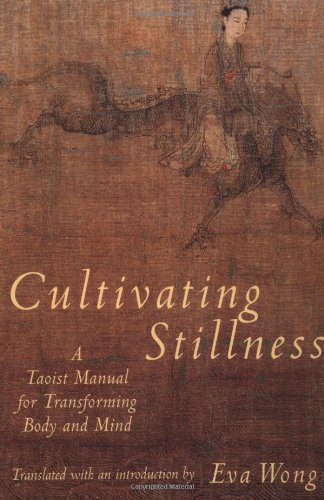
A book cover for Cultivating Stillness: A Taoist Manual for Transforming Body and Mind; Eva Wong; Religion & Spirituality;